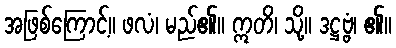
အဖြစ်ကြောင့်။ ဖလံ၊ မည်၏။ ဣတိ၊ သို့။ ဒဋ္ဌဗ္ဗံ၊ ၏။